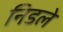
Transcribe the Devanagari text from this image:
निडले